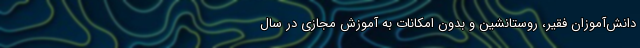
دانش‌آموزان فقیر، روستانشین و بدون امکانات به آموزش مجازی در سال